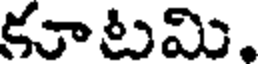
కూటమి.